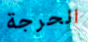
الحرجة